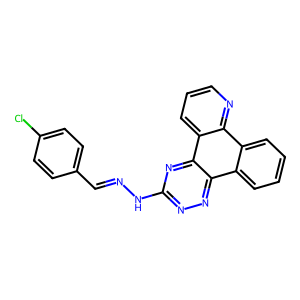
SMILES: Clc1ccc(C=NNc2nnc3c4ccccc4c4ncccc4c3n2)cc1
Inhibits HIV replication: No